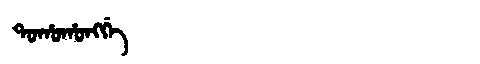
Manchu: ᡨᠣᡥᠣᡥᠣᠩᡤᡝ
Romanization: TOHOHONGGE